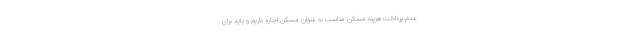
عدم پرداخت هزینه مسکن مناسب به عنوان مسکن اجاره داریم و باید برای